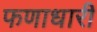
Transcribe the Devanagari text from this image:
फणाधारी